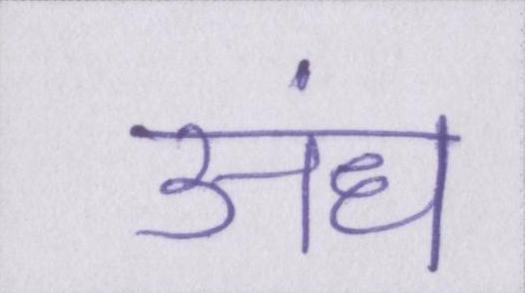
अंध